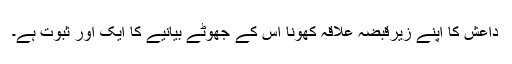
داعش کا اپنے زیرقبضہ علاقہ کھونا اس کے جھوٹے بیانیے کا ایک اور ثبوت ہے۔